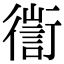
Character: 𢖅